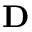
\mathbf { D }